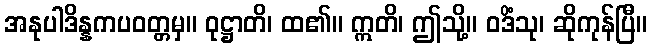
အနုပါဒိန္နကပဝတ္တမှ။ ဝုဋ္ဌာတိ၊ ထ၏။ ဣတိ၊ ဤသို့။ ဝဒိံသု၊ ဆိုကုန်ပြီ။